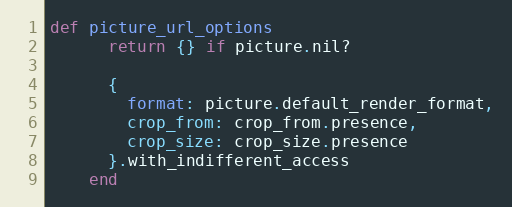
Language: Ruby
def picture_url_options
      return {} if picture.nil?

      {
        format: picture.default_render_format,
        crop_from: crop_from.presence,
        crop_size: crop_size.presence
      }.with_indifferent_access
    end